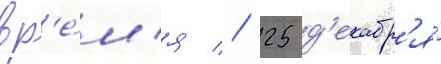
вр'е́м'я // 25 д'екабр'я́